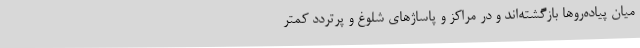
میان پیاده‌روها بازگشته‌اند و در مراکز و پاساژهای شلوغ و پرتردد کمتر